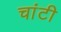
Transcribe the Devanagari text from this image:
चांटी